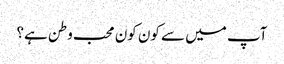
آپ میں سے کون کون محب وطن ہے؟